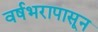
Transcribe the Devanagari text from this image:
वर्षभरापासून